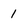
Character: 1